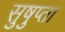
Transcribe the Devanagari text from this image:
सुषुप्ता